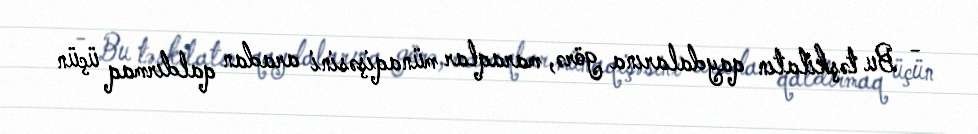
- Bu təşkilatın qaydalarına görə, maraqlar münaqişəsini aradan qaldırmaq üçün